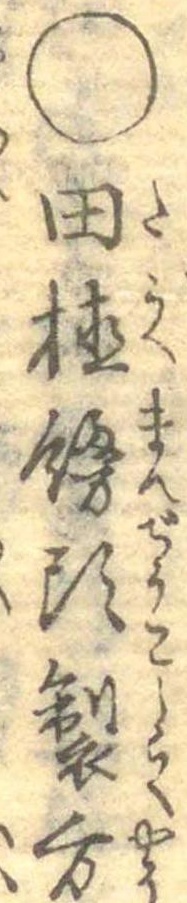
○田植饅頭製方